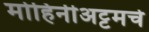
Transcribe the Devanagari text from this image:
मोहिनीअट्टमचे